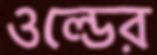
ওল্ডের